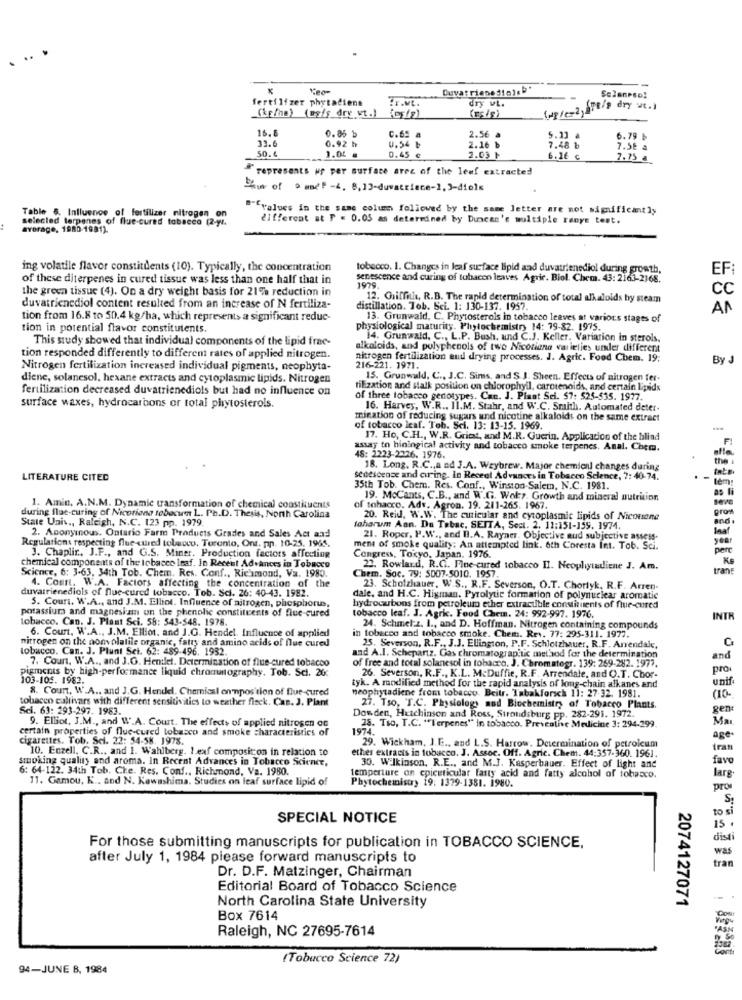
fertilizer phytacions
dry wL.
Solanpso!
(tp/no) (mg/s dry ut.)
(mg/g)
16.8
0.85 b
33.6
0.92 h
C.65 a
0.54 b
2.16 b
2.56 a
5.23 a
6.79 b
1.04 =
7.48 b
7.5E a
50.4
0.45 ¢
2.03 t
6. 16 c
7.75 a
#represents up per surface arec of the leef extracted
Show of o mmef -4, 8, 13-duwattiene-1, 3-diols
"""values in the same colum followed by the same Jetter are not significantly
Table 5. Influence of fertilizer nitrogen on
selected terpenes of flue-cured tabacca (2-y !.
different at F = 0.05 as determined by Duncan's multiple ranye test.
average, 1980 -1981).
ing volatile flavor constituents (10). Typically, the concentration
tobacco. 1. Changes in leaf surface lipid and duvatrienediol during growth,
EF:
of these diterpenes in cured tissue was less than one half that in
senescence and curing of tobacon leaves Agrir. Biol. Chem. 43: 2163-2168.
the green tissue (4). On a dry weight basis for 21% reduction in
1979.
CC
12. Griffitis, R.B. The rapid determination of total alkaloids by steam
duvatricnediol content resulted from an increase of N fertiliza-
distillation. Tob. Sei. 1: 130-137. 1957.
AN
tion from 16.8 to 50,4 kg/ha, which represents a significant reduc-
13. Grunwald, C. Phytosterols in tobacco leaves at various stages of
tion in potential flavor constitutents.
physiological maturity. Phytochemistry 14: 79-82. 1975.
This study showed that individual components of the lipid frae-
14. Grunwald, C ., L.P. Bush, und C.J. Keller, Variation in sterols,
alkaloids, and polyphenols of two Nicotiana varieties under different
tion responded differently to different rates of applied nitrogen.
nitrogen fertilization end drying processes. J. Agric. Food Chem. 19;
BY -
Nitrogen fertilization increased individual pigments, neophyta-
216-221. 1971.
diene, solanesol, hexane extracts and cytoplasmic lipids. Nitrogen
15. Grunwald, C ., J.C. Sims, and S.J. Sheen. Effects of nitrogen fer-
fertilization decreased duvatrienediols but had no influence on
tilization and stalk position on chlorophyll, carotenoids, and certain lipids
of three tobacco genotypes. Can. J. Plant Sei. 57: 525-535. 1977.
surface waxes, hydrocarbons or total phytosterols.
16. Harvey, W.R ., II.M. Stahr, and W.C. Smith. Automated deter-
mination of reducing sugars und nicotine alkaloids on the same extract
of tobacco leaf. Toh. Sci. 13: 13-15. 1969.
17. Ho, C.H ., W.R. Gritat, and M.R. Guerin. Application of the blind
assay to hiningical activity and tobacco smoke terpenes. Anal. Chem.
48: 2223-2226. 1976.
the
18. Long. R.C ., a ad J.A. Wzybrew. Major chemical changes during
inte
LITERATURE CITED
senescence and cirring. in Recent Advances in Tobacco Science, 7: 40-74.
tem
35th Tob. Chem. Res. Conf ., Winston-Salem, N.C. 1981.
as Ni
19. MoCants, C.B ., and W.G. Wok ?. Growth and mineral nutrition
1. Amin, A.N.M. Dynamic transformation of chemical constituents
of tahacco. Adv. Agron. 19. 211-265. 1967.
prom
State Univ ., Raleigh, N.C. 123 pp. 1979.
during flue-curing of Nicotiana tobecwen L. Ph.D. Thesis, North Carolina
20. Reid, W.W. The auricular and cytoplasmic lipids of Nicouane
laharum Aan. Du Tabac, SEITA, Sect. 2. 11:151-155. 3974.
laaf
2. Anonymous, Ontario Farm Products Grades and Sales Act and
21. Roper, P.W ., and B.A. Rayner, Objective aud subjective assess-
year
Regulations respecting flue-cured tobacco. Toronto, Ont. pp. 10-25, 1965.
ment of smoke quality: An attempted link. 6th Coresta Int. Tob. Sci.
perc
chemical components of the tobacco leaf. In Recent Advances in Tobacco
J. Chaplin, J.F ., and G.S. Miner. Production factors affecting
Congress, Tokyo, Japan. 1976.
KE
Science, 6: 3-63, 34th Tob. Chem. Res. Conf ., Richmond, Va. 1983.
22. Rowland, R.C .. Fine-cured tobacco II. Neopliytadiene J. Am.
tranE
Chem. Soc. 79: 5007-5010. 1957.
duvarrienediols of flue-cured tobacco. Tob. Sci. 26: 40-43. 1982.
4. Court. W.A. Factors affecting the concentration of the
23. Scholzhauer, W.S ., R.F. Severson, O.T. Chortyk, R.F. Arren-
dale, and H.C. Higman. Pyrolytic formation of polynuclear aromatic
potassium and magnesium on the phenolic constituents of flue-cured
5. Cours. W.A ., and J.M. Elliot. Influence of nitrogen, phosphore,
hydrocarbons from petroleum ether extractble constituents of flue-cured
tobacco. Can. J. Plant Sci. 58: 543-548. 1978.
tobacco leaf. J. Agric. Food Chem. 24: 992-997. 1976.
INTR
in tobacco and tobacco smoke. Chem. Rev. 77: 295-311. 1977.
24. Schmel:z. I ., and D. Hoffman. Nitrogen containing compounds
nitrogen on the nonvolatile organic, fatty and amino acids of flue cured
6. Court, W.A ., J.M. Elliot. and J.G. Hendel. Influence of applied
C
tobacco. Can. J. Plunt Sei. 62: 489-496. 1982
25. Severson, R.F ., J.J. Ellington, P.F. Schlotzhauer, R.F. Arrendale,
7. Count, W.A ., and J.O. Heniet. Determination of flue-cured tobacco
of free and total solanesol in tobacco. J. Chromatogr. 139: 269-282. 1977.
and A.I. Schepartz. Gas chromatographic method for the determination
and
pigments by high-performance liquid chromatography. Tob. Sci. 20:
pro
103-105. 1982.
tyk. A modified method for the rapid analysis of long-chain alkanes and
26. Severson, R.F ., K.L. McDuffie, R.F. Arrendale, and O.T. Chor-
unif
8. Court, W.A .. and J.G. Hendel. Chemical on'npos tion of flue-cured
neophytadiene from tobacco. Beitr. Tabakforsch 11: 27-32. 1981.
tobacco cultivars with different sensitivities to weather fleck. Cas. J. Plant
(10-
Sci. 63: 293-297. 1983.
27. Tso, T.C. Physiology and Biochemistry of Tobacco Plants.
gen:
Dowden, Hutchinson and Ross, Stroudsburg pp. 282-291. 1972.
Ma
certain properties of flue-cured tobacco and smoke characteristics of
9. Elliot, J.M ., and W.A. Court. The effects of applied nitrogen co
1974.
28. Tso, T.C. "Terpenes"" in tobacco. Preventive Medicine 3: 294-299
cigarettes. Tob. Sei. 22: 54-58, 1978.
age-
10. Enzell, C.R ., and 1. Wahlberg. Leaf composicon in relation to
29. Wickham, I.E ., and L.S. Harrow, Determination of petrolcum
tran
smoking quality and aroma. In Recent Advances in Tobacco Science,
ether extracts in tobacco. J. Assoc. Off. Agric. Chem. 44:357-360. 1961.
fav
6: 64-122. 34th Tob. Che. Res. Conf ., Richmond, Va. 1980.
30. Wilkinson, R.E ., and M.J. Kasperbauer. Effect of light and
11. Gamou, K .. and N. Kawashima. Studies on leaf surface lipid of
temperture on epiceticular fatty acid and fatty alcohol of tobacco.
Phytochemistry 19: 1379-1381. 1980.
larg-
pro
to si
SPECIAL NOTICE
15
dis
For those submitting manuscripts for publication in TOBACCO SCIENCE.
was
after July 1, 1984 please forward manuscripts to
Dr. D.F. Matzinger, Chairman
tran
Editorial Board of Tobacco Science
North Carolina State University
2074127071
Box 7614
Raleigh, NC 27695-7614
(Tobacco Science 72)
94-JUNE 8, 1984